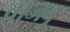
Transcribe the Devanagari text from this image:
वाजवु